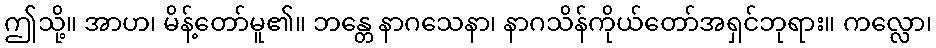
ဤသို့။ အာဟ၊ မိန့်တော်မူ၏။ ဘန္တေ နာဂသေနာ၊ နာဂသိန်ကိုယ်တော်အရှင်ဘုရား။ ကလ္လော၊